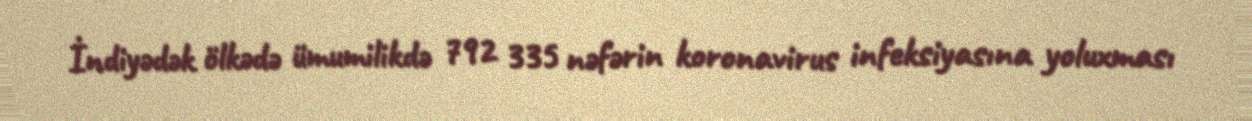
İndiyədək ölkədə ümumilikdə 792 335 nəfərin koronavirus infeksiyasına yoluxması